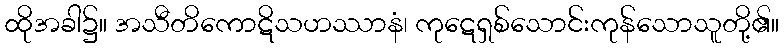
ထိုအခါ၌။ အသီတိကောဋိသဟဿာနံ၊ ကုဋေရှစ်သောင်းကုန်သောသူတို့၏။